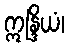
ဣန္ဒြိယံ၊